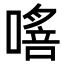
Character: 𠾈